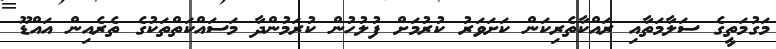
މަގުމަތީގެ ސަލާމަތާއި ރައްކާތެރިކަން ކަށަވަރު ކުރުމަށް ފުލުހުން ކުރަމުންދާ މަސައްކަތްތަކުގެ ތެރެއިން އައްޑޫ